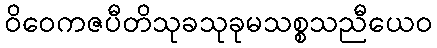
ဝိဝေကဇပီတိသုခသုခုမသစ္စသညီယေဝ